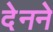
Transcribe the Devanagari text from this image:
देनने